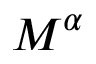
M ^ { \alpha }